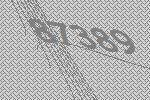
87389